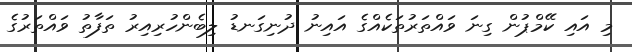
މި އައި ކޭމްޕުން ގިނަ ވައްތަރުތަކެއްގެ އައިނު ދުނިގަނޑު ލިބެންހުރިއިރު ތަފާތު ވައްތަރުގެ